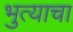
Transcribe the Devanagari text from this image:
भुत्याचा